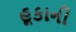
હૂકાની